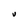
Character: U